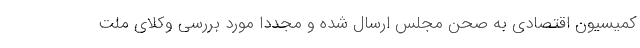
کمیسیون اقتصادی به صحن مجلس ارسال شده و مجددا مورد بررسی وکلای ملت